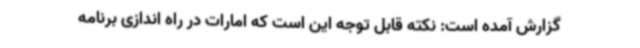
گزارش آمده است: نکته قابل توجه این است که امارات در راه اندازی برنامه